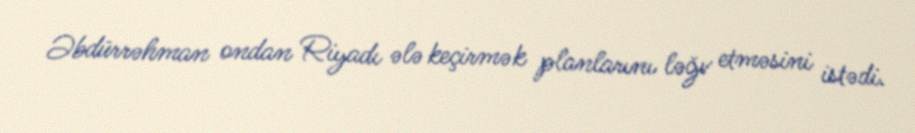
Əbdürrəhman ondan Riyadı ələ keçirmək planlarını ləğv etməsini istədi.